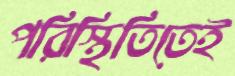
পরিস্থিতিতেই